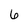
Character: 6